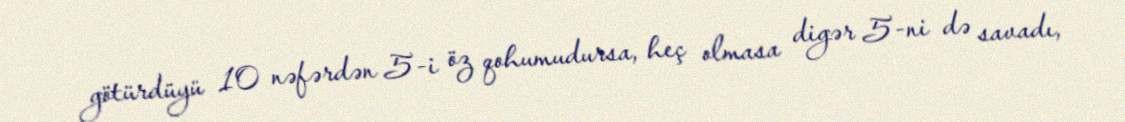
götürdüyü 10 nəfərdən 5-i öz qohumudursa, heç olmasa digər 5-ni də savadı,